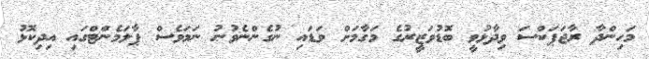
މަހިންދާ ރާޖަޕަކްސަ ވިދާޅުވީ ބޮޑުވަޒީރުގެ މަގާމަށް ވަޑައި ނުގެންނެވުނު ނަމަވެސް ޕާލަމެންޓްގައި އިދިކޮޅު